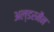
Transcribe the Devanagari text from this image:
अल्डरमैन